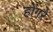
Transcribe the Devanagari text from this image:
होंगरे